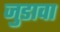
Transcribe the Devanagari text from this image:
जुडावा